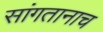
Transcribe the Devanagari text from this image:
सांगतानाच